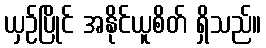
ယှဉ်ပြိုင် အနိုင်ယူစိတ် ရှိသည်။